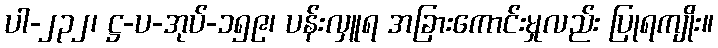
ပါ-၂၃၂၊ ဋ္ဌ-ပ-အုပ်-၁၅၉၊ ပန်းလှူရ အခြားကောင်းမှုလည်း ပြုရကျိုး။